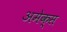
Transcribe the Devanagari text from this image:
अमेक्स